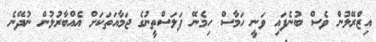
އިޒްރޭލުން ވެސް ބުނެފައި ވަނީ ހަމާސް ހިމެނޭ ފަލަސްތީނުގެ ޖަމާއަތަކަށް އެއްބާރުލުން ނުދޭނެ